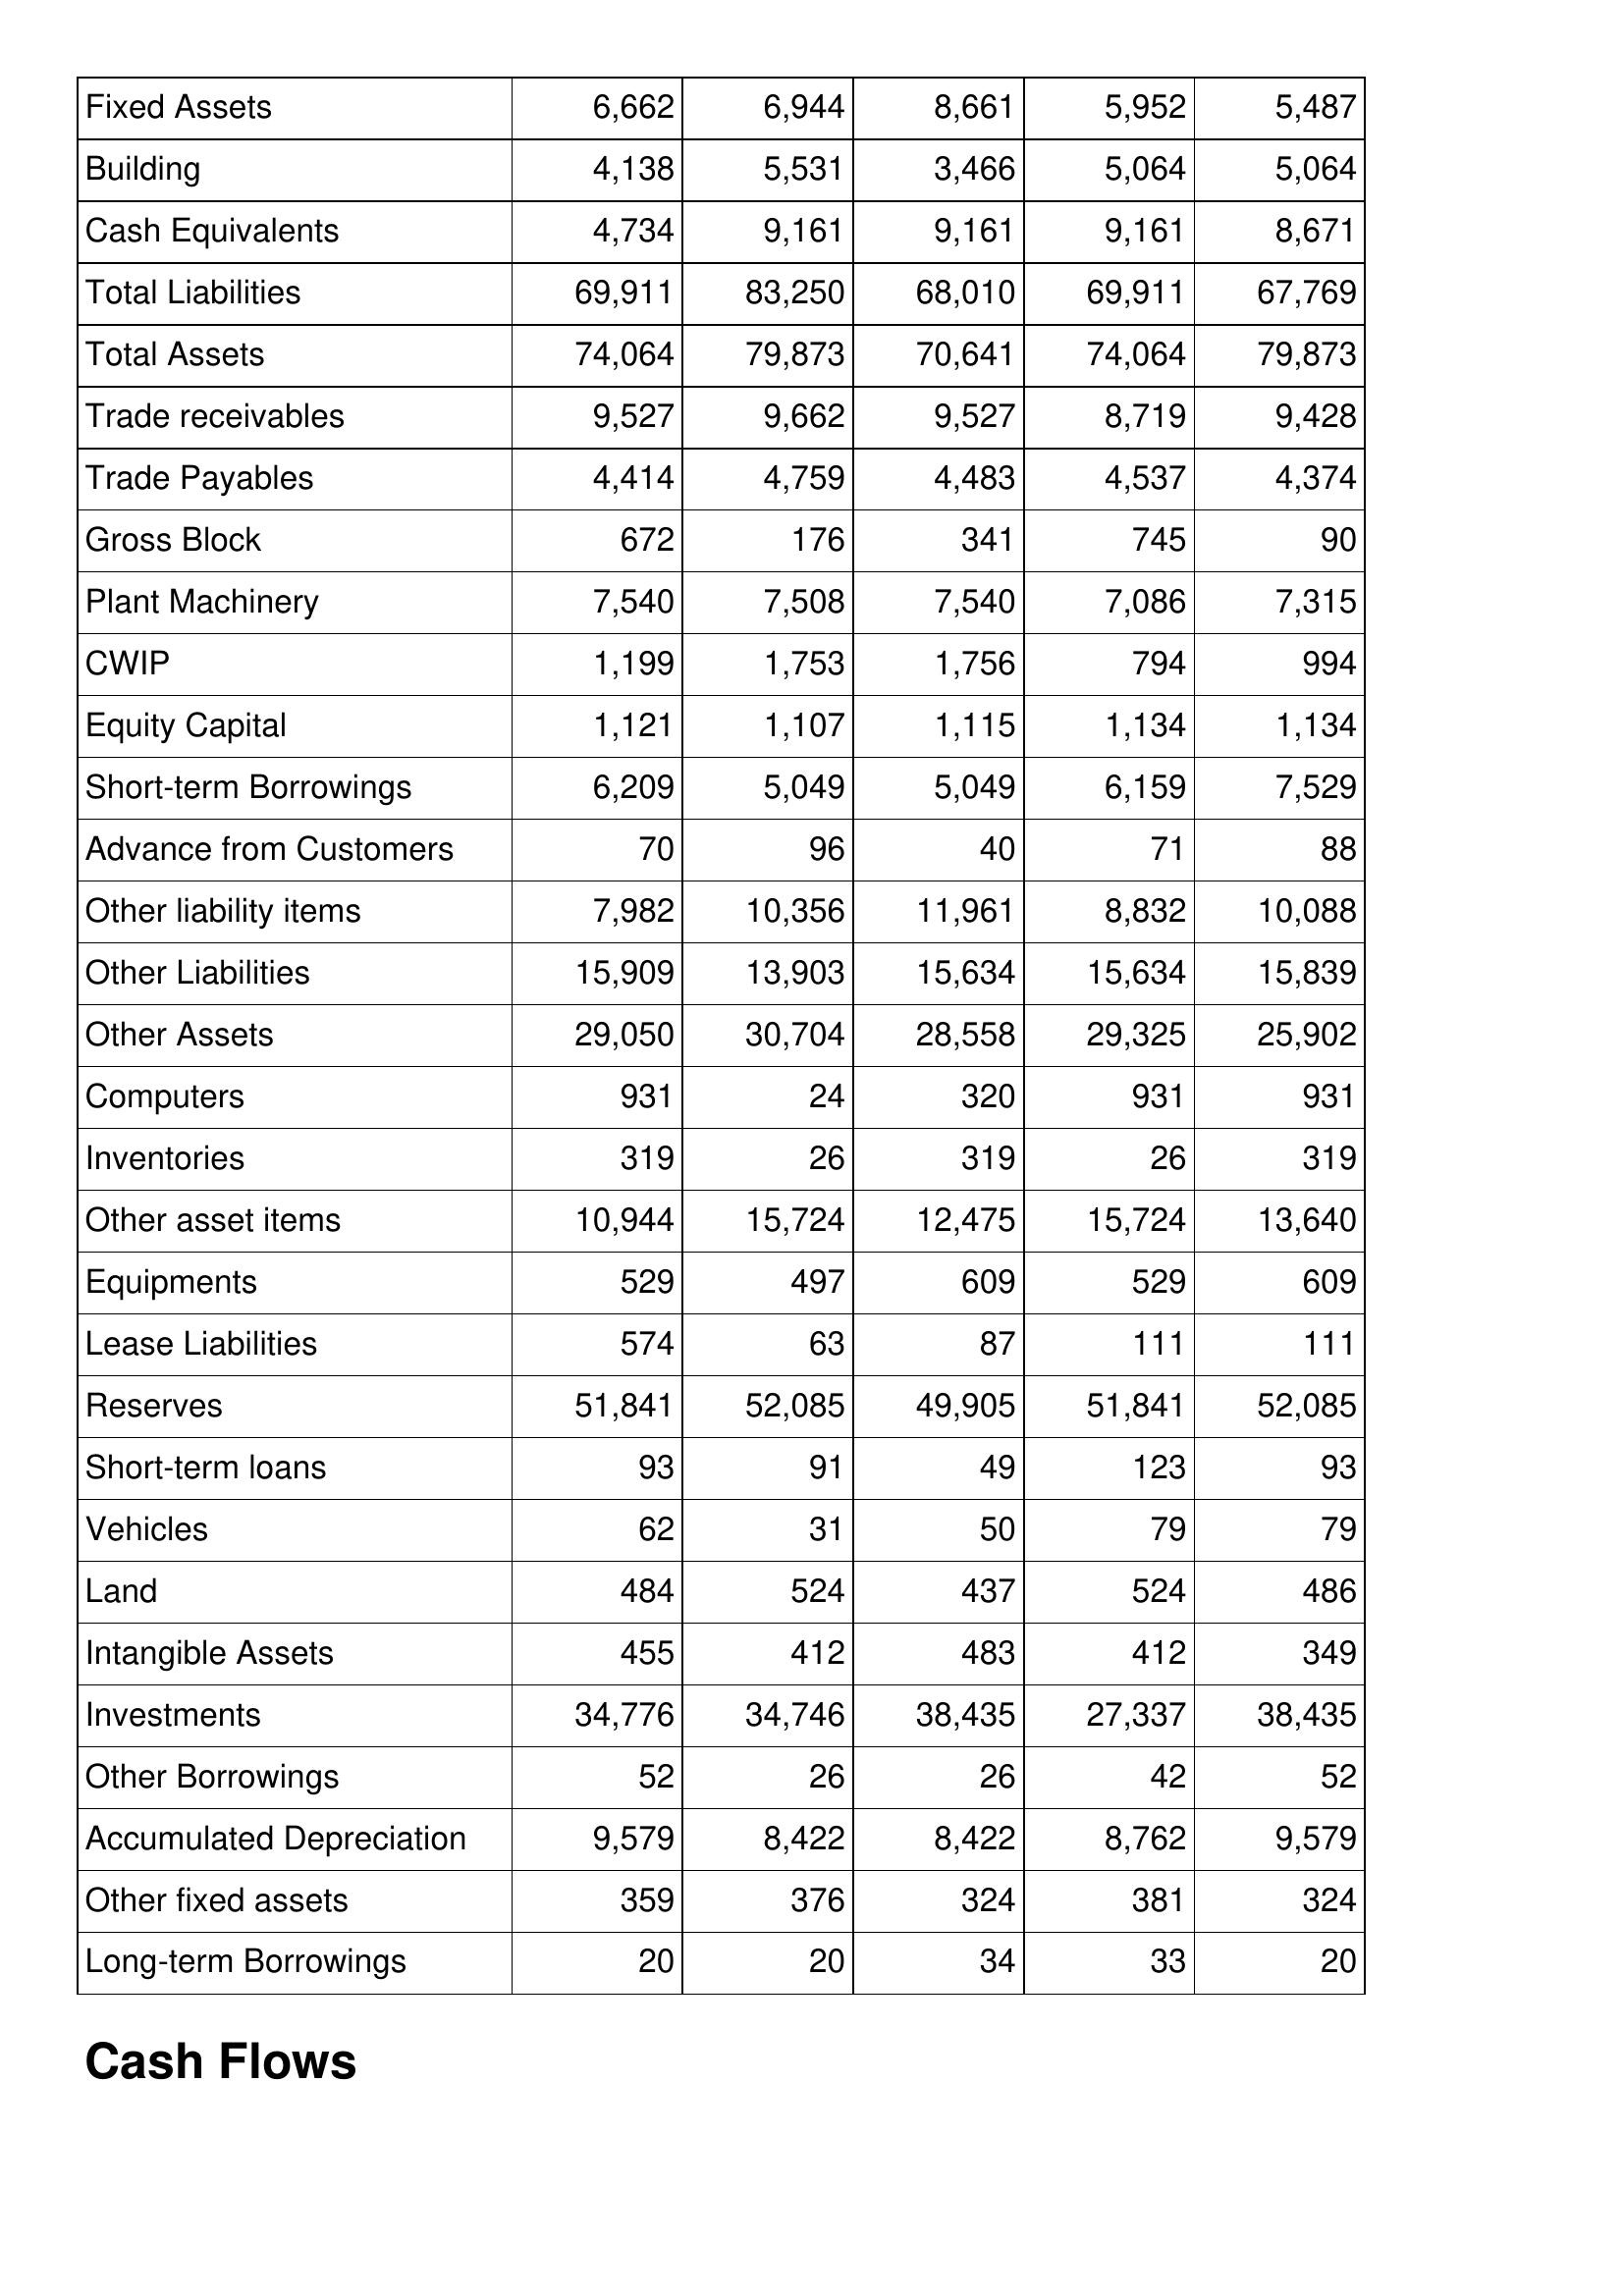
Nov-13: Balance Sheet: Fixed Assets: 6,662
Building: 4,138
Cash Equivalents: 4,734
Total Liabilities: 69,911
Total Assets: 74,064
Trade receivables: 9,527
Trade Payables: 4,414
Gross Block: 672
Plant Machinery: 7,540
CWIP: 1,199
Equity Capital: 1,121
Short-term Borrowings: 6,209
Advance from Customers: 70
Other liability items: 7,982
Other Liabilities: 15,909
Other Assets: 29,050
Computers: 931
Inventories: 319
Other asset items: 10,944
Equipments: 529
Lease Liabilities: 574
Reserves: 51,841
Short-term loans: 93
Vehicles: 62
Land: 484
Intangible Assets: 455
Investments: 34,776
Other Borrowings: 52
Accumulated Depreciation: 9,579
Other fixed assets: 359
Long-term Borrowings: 20
Nov-12: Balance Sheet: Fixed Assets: 6,944
Building: 5,531
Cash Equivalents: 9,161
Total Liabilities: 83,250
Total Assets: 79,873
Trade receivables: 9,662
Trade Payables: 4,759
Gross Block: 176
Plant Machinery: 7,508
CWIP: 1,753
Equity Capital: 1,107
Short-term Borrowings: 5,049
Advance from Customers: 96
Other liability items: 10,356
Other Liabilities: 13,903
Other Assets: 30,704
Computers: 24
Inventories: 26
Other asset items: 15,724
Equipments: 497
Lease Liabilities: 63
Reserves: 52,085
Short-term loans: 91
Vehicles: 31
Land: 524
Intangible Assets: 412
Investments: 34,746
Other Borrowings: 26
Accumulated Depreciation: 8,422
Other fixed assets: 376
Long-term Borrowings: 20
Nov-11: Balance Sheet: Fixed Assets: 8,661
Building: 3,466
Cash Equivalents: 9,161
Total Liabilities: 68,010
Total Assets: 70,641
Trade receivables: 9,527
Trade Payables: 4,483
Gross Block: 341
Plant Machinery: 7,540
CWIP: 1,756
Equity Capital: 1,115
Short-term Borrowings: 5,049
Advance from Customers: 40
Other liability items: 11,961
Other Liabilities: 15,634
Other Assets: 28,558
Computers: 320
Inventories: 319
Other asset items: 12,475
Equipments: 609
Lease Liabilities: 87
Reserves: 49,905
Short-term loans: 49
Vehicles: 50
Land: 437
Intangible Assets: 483
Investments: 38,435
Other Borrowings: 26
Accumulated Depreciation: 8,422
Other fixed assets: 324
Long-term Borrowings: 34
Nov-10: Balance Sheet: Fixed Assets: 5,952
Building: 5,064
Cash Equivalents: 9,161
Total Liabilities: 69,911
Total Assets: 74,064
Trade receivables: 8,719
Trade Payables: 4,537
Gross Block: 745
Plant Machinery: 7,086
CWIP: 794
Equity Capital: 1,134
Short-term Borrowings: 6,159
Advance from Customers: 71
Other liability items: 8,832
Other Liabilities: 15,634
Other Assets: 29,325
Computers: 931
Inventories: 26
Other asset items: 15,724
Equipments: 529
Lease Liabilities: 111
Reserves: 51,841
Short-term loans: 123
Vehicles: 79
Land: 524
Intangible Assets: 412
Investments: 27,337
Other Borrowings: 42
Accumulated Depreciation: 8,762
Other fixed assets: 381
Long-term Borrowings: 33
Nov-09: Balance Sheet: Fixed Assets: 5,487
Building: 5,064
Cash Equivalents: 8,671
Total Liabilities: 67,769
Total Assets: 79,873
Trade receivables: 9,428
Trade Payables: 4,374
Gross Block: 90
Plant Machinery: 7,315
CWIP: 994
Equity Capital: 1,134
Short-term Borrowings: 7,529
Advance from Customers: 88
Other liability items: 10,088
Other Liabilities: 15,839
Other Assets: 25,902
Computers: 931
Inventories: 319
Other asset items: 13,640
Equipments: 609
Lease Liabilities: 111
Reserves: 52,085
Short-term loans: 93
Vehicles: 79
Land: 486
Intangible Assets: 349
Investments: 38,435
Other Borrowings: 52
Accumulated Depreciation: 9,579
Other fixed assets: 324
Long-term Borrowings: 20